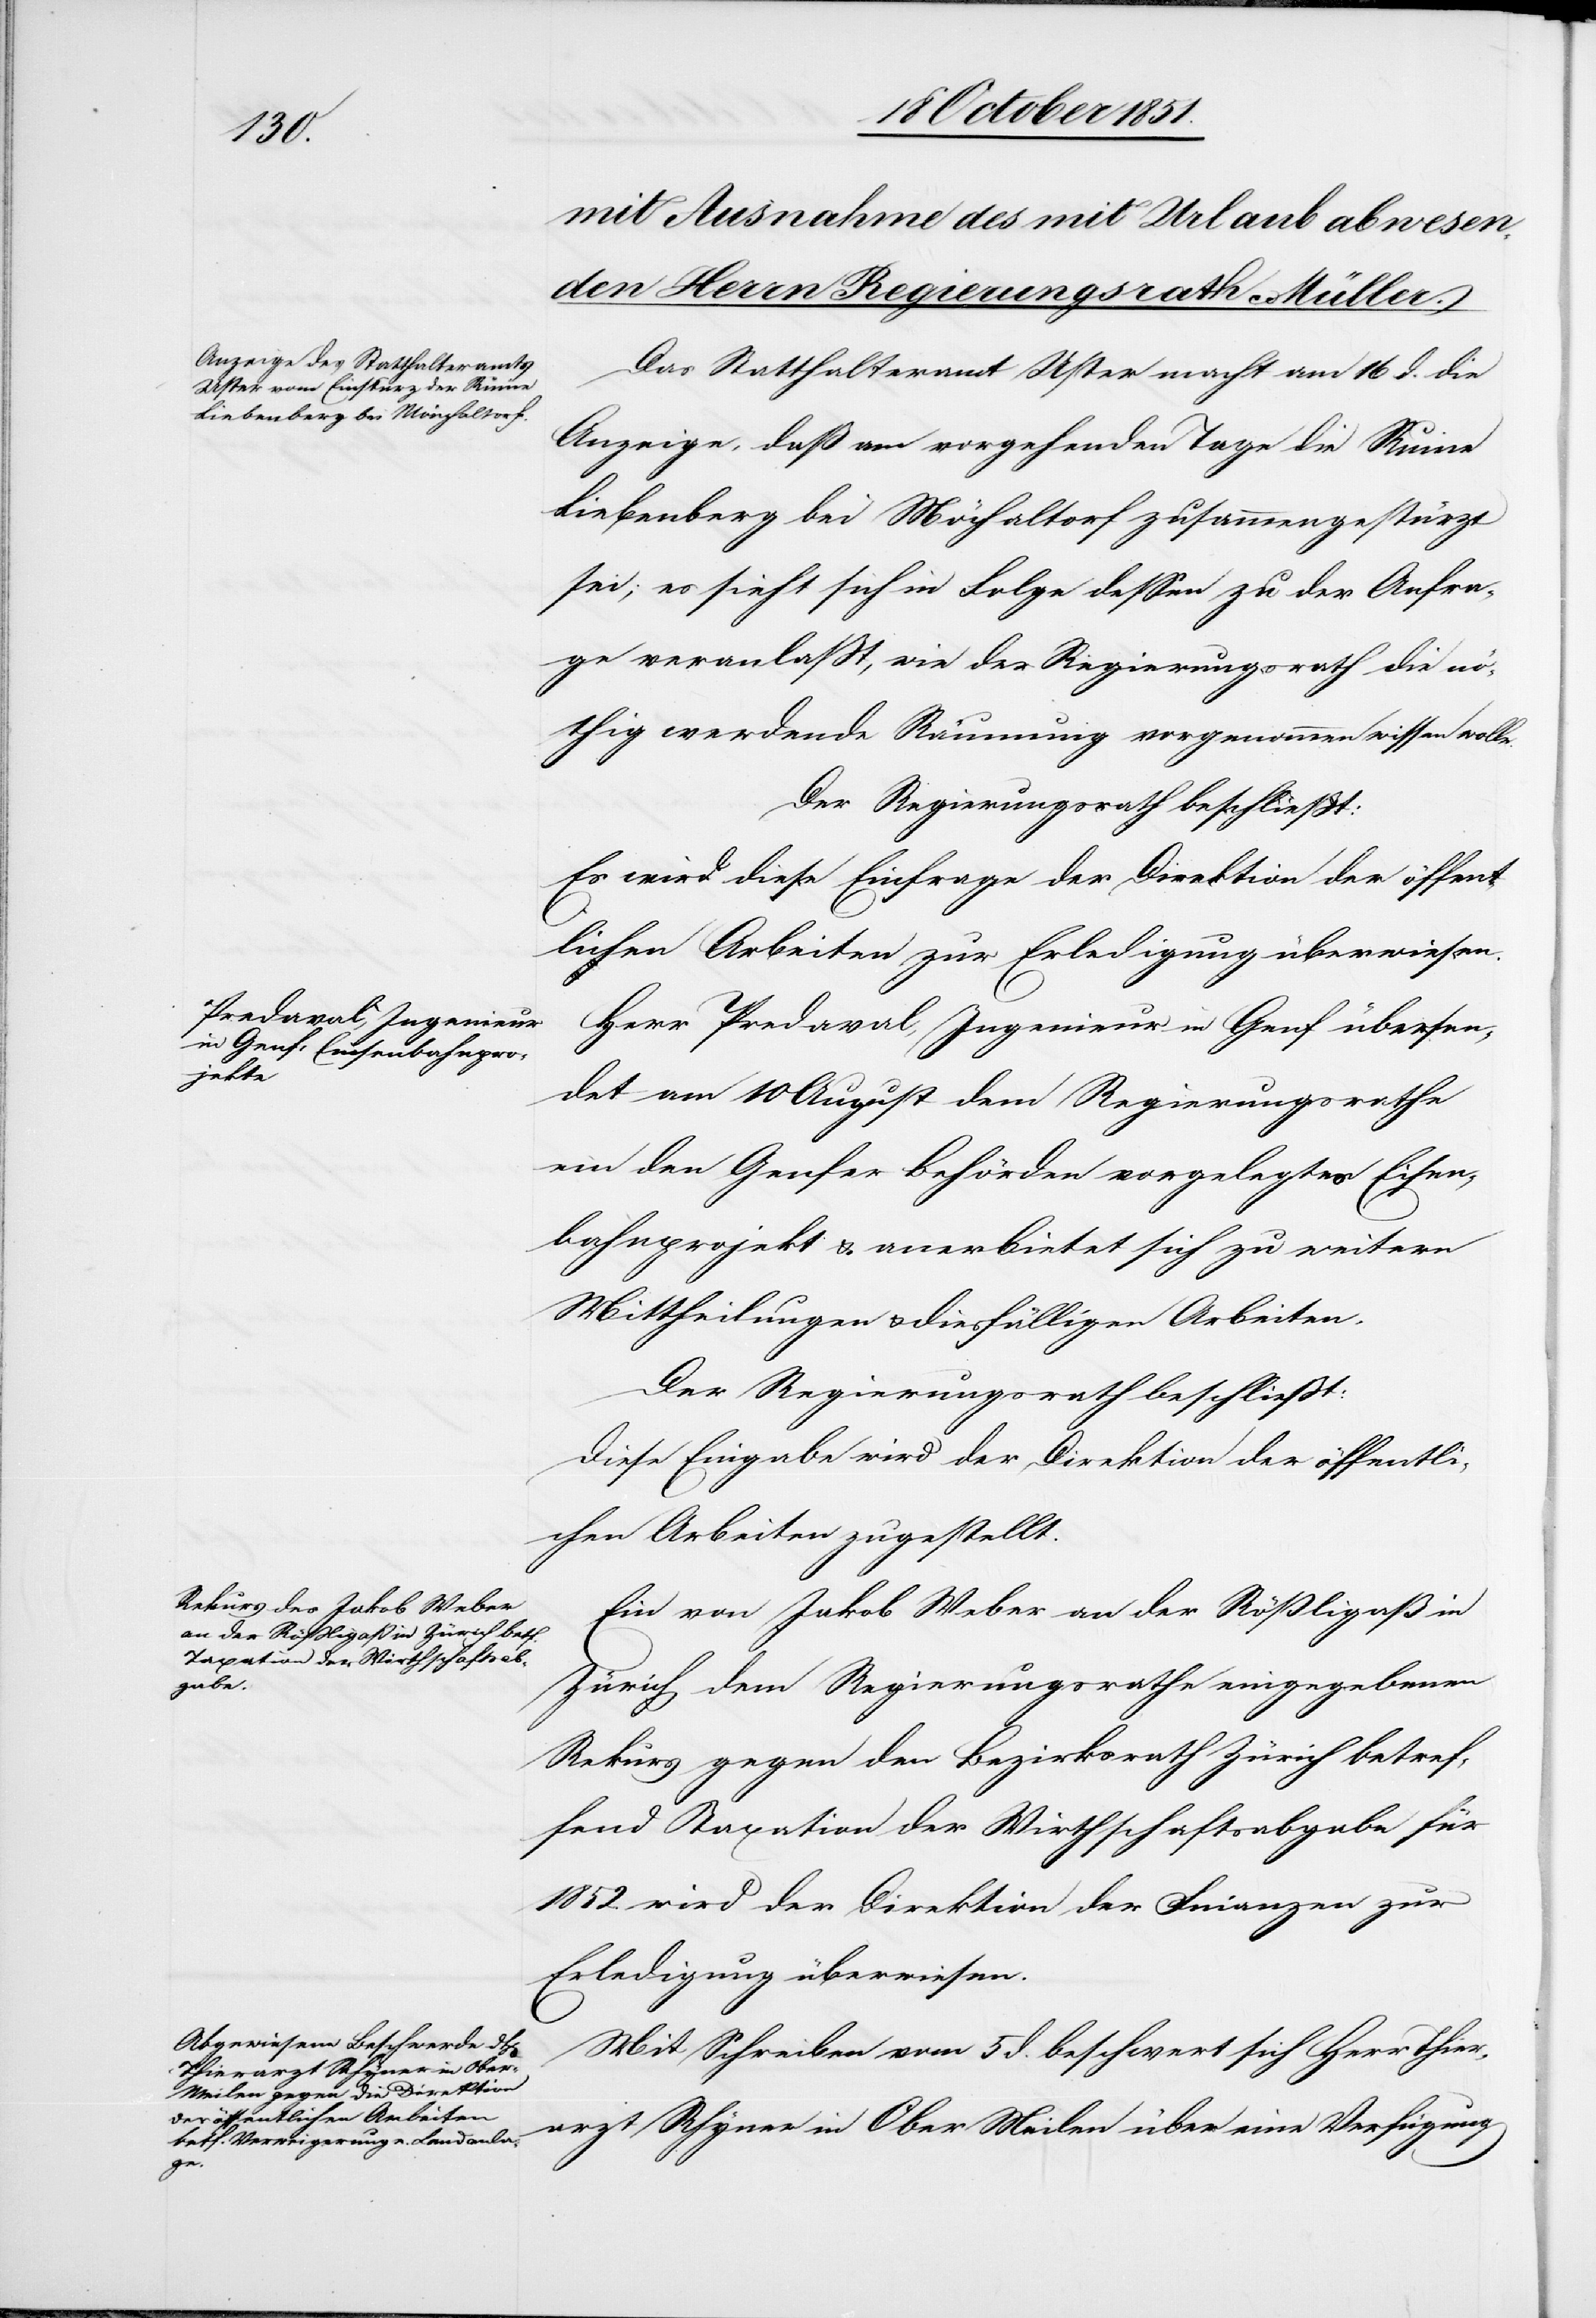
Das Statthalteramt Uster macht am 16 d. die
Anzeige, daß am vorgehenden Tage die Ruine
Liebenberg bei Mö[n]chaltorf zusammengestürzt
sei; es sieht sich in Folge dessen zu der Anfra¬
ge veranlaßt, wie der Regierungsrath die nö¬
thig werdende Räumung vorgenommen wissen wolle.
Der Regierungsrath beschließt:
Es wird diese Einfrage der Direktion der öffent¬
lichen Arbeiten zur Erledigung überwiesen.
Herr Predaval, Ingenieur in Genf übersen¬
det am 10 August dem Regierungsrathe
ein den Genfer Behörden vorgelegtes Eisen¬
bahnprojekt & anerbietet sich zu weitern
Mittheilungen & diesfälligen Arbeiten.
Der Regierungsrath beschließt:
Diese Eingabe wird der Direktion der öffentli¬
chen Arbeiten zugestellt.
Ein von Jakob Weber an der Rößligaß in
Zürich dem Regierungsrathe eingegebenen
Rekurs gegen den Bezirksrath Zürich betref¬
fend Taxation der Wirthschaftsabgabe für
1852. wird der Direktion der Finanzen zur
Erledigung überwiesen.
Mit Schreiben vom 5 d. beschwert sich Herr Thie¬
rarzt Rhyner in Ober[-]Meilen über eine Verfügung